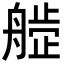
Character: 𬜙